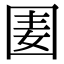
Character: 𡇦